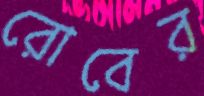
রোবের